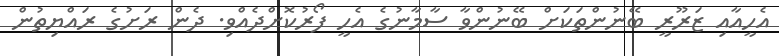
އެހީއާއި ޒަރޫރީ ބޭނުންތަކަށް ބޭނުންވާ ސާމާނުގެ އެހީ ފޯރުކޮށްދެއްވި. ދެން ރަށުގެ ރައްޔިތުން